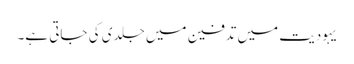
یہودیت میں تدفین میں جلدی کی جاتی ہے۔